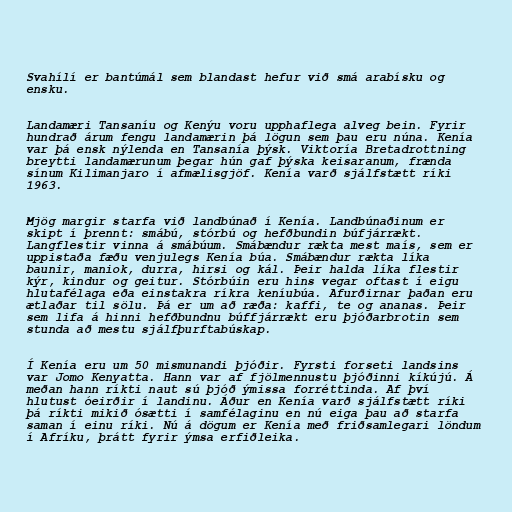
Svahílí er bantúmál sem blandast hefur við smá arabísku og
ensku.

Landamæri Tansaníu og Kenýu voru upphaflega alveg bein. Fyrir
hundrað árum fengu landamærin þá lögun sem þau eru núna. Kenía
var þá ensk nýlenda en Tansanía þýsk. Viktoría Bretadrottning
breytti landamærunum þegar hún gaf þýska keisaranum, frænda
sínum Kilimanjaro í afmælisgjöf. Kenía varð sjálfstætt ríki
1963.

Mjög margir starfa við landbúnað í Kenía. Landbúnaðinum er
skipt í þrennt: smábú, stórbú og hefðbundin búfjárrækt.
Langflestir vinna á smábúum. Smábændur rækta mest maís, sem er
uppistaða fæðu venjulegs Kenía búa. Smábændur rækta líka
baunir, maniok, durra, hirsi og kál. Þeir halda líka flestir
kýr, kindur og geitur. Stórbúin eru hins vegar oftast í eigu
hlutafélaga eða einstakra ríkra keníubúa. Afurðirnar þaðan eru
ætlaðar til sölu. Þá er um að ræða: kaffi, te og ananas. Þeir
sem lifa á hinni hefðbundnu búffjárrækt eru þjóðarbrotin sem
stunda að mestu sjálfþurftabúskap.

Í Kenía eru um 50 mismunandi þjóðir. Fyrsti forseti landsins
var Jomo Kenyatta. Hann var af fjölmennustu þjóðinni kíkújú. Á
meðan hann ríkti naut sú þjóð ýmissa forréttinda. Af því
hlutust óeirðir í landinu. Áður en Kenía varð sjálfstætt ríki
þá ríkti mikið ósætti í samfélaginu en nú eiga þau að starfa
saman í einu ríki. Nú á dögum er Kenía með friðsamlegari löndum
í Afríku, þrátt fyrir ýmsa erfiðleika.